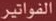
الفواتير